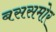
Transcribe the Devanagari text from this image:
बससमोर